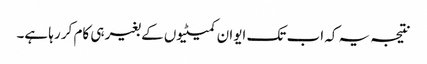
نتیجہ یہ کہ اب تک ایوان کمیٹیوں کے بغیر ہی کام کر رہا ہے۔